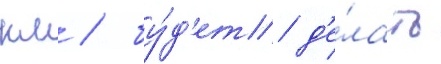
км / бу́д'ет д'е́лать